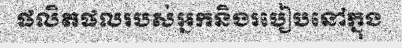
ផលិតផលរបស់អ្នកនិងរបៀបនៅក្នុង